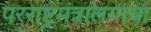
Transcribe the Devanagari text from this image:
परराष्ट्रमंत्रालयाचा